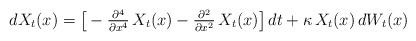
LaTeX: \begin{align*}&dX_t(x)= \big[-\tfrac{\partial^4}{\partial x^4} \,X_t(x)-\tfrac{\partial^2}{\partial x^2} \,X_t(x)\big]\,dt + \kappa \,X_t(x) \,dW_t(x) \end{align*}